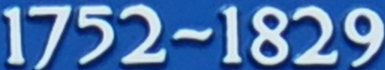
1752~1829